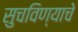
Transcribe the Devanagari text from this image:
सुचविण्याचे